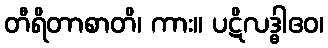
တီရိတာစာတိ၊ ကား။ ပဋိလဒ္ဓါဧဝ၊